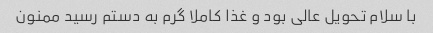
با سلام تحویل عالی بود و غذا کاملا گرم به دستم رسید ممنون